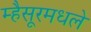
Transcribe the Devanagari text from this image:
म्हैसूरमधले